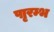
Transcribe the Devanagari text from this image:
पाृरम्भ